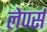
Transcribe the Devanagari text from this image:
लेपर्स